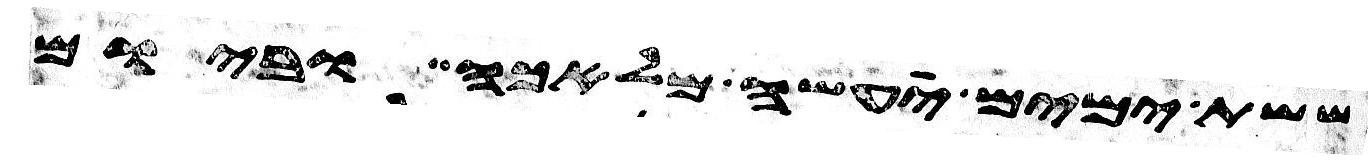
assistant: ששת ימים יעשה מלאכה וביום